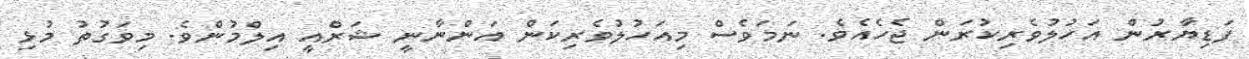
ފަޑިޔާރުން އަހުލުވެރިކުރަން ޖެހެއެވެ. ނަމަވެސް މިއަހުލުވެރިކަން އަންނާނީ ޝަރްއީ އިލްމުންެވެ. މިވަގުތު މުޅި